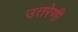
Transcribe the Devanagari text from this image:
उत्तरेणी